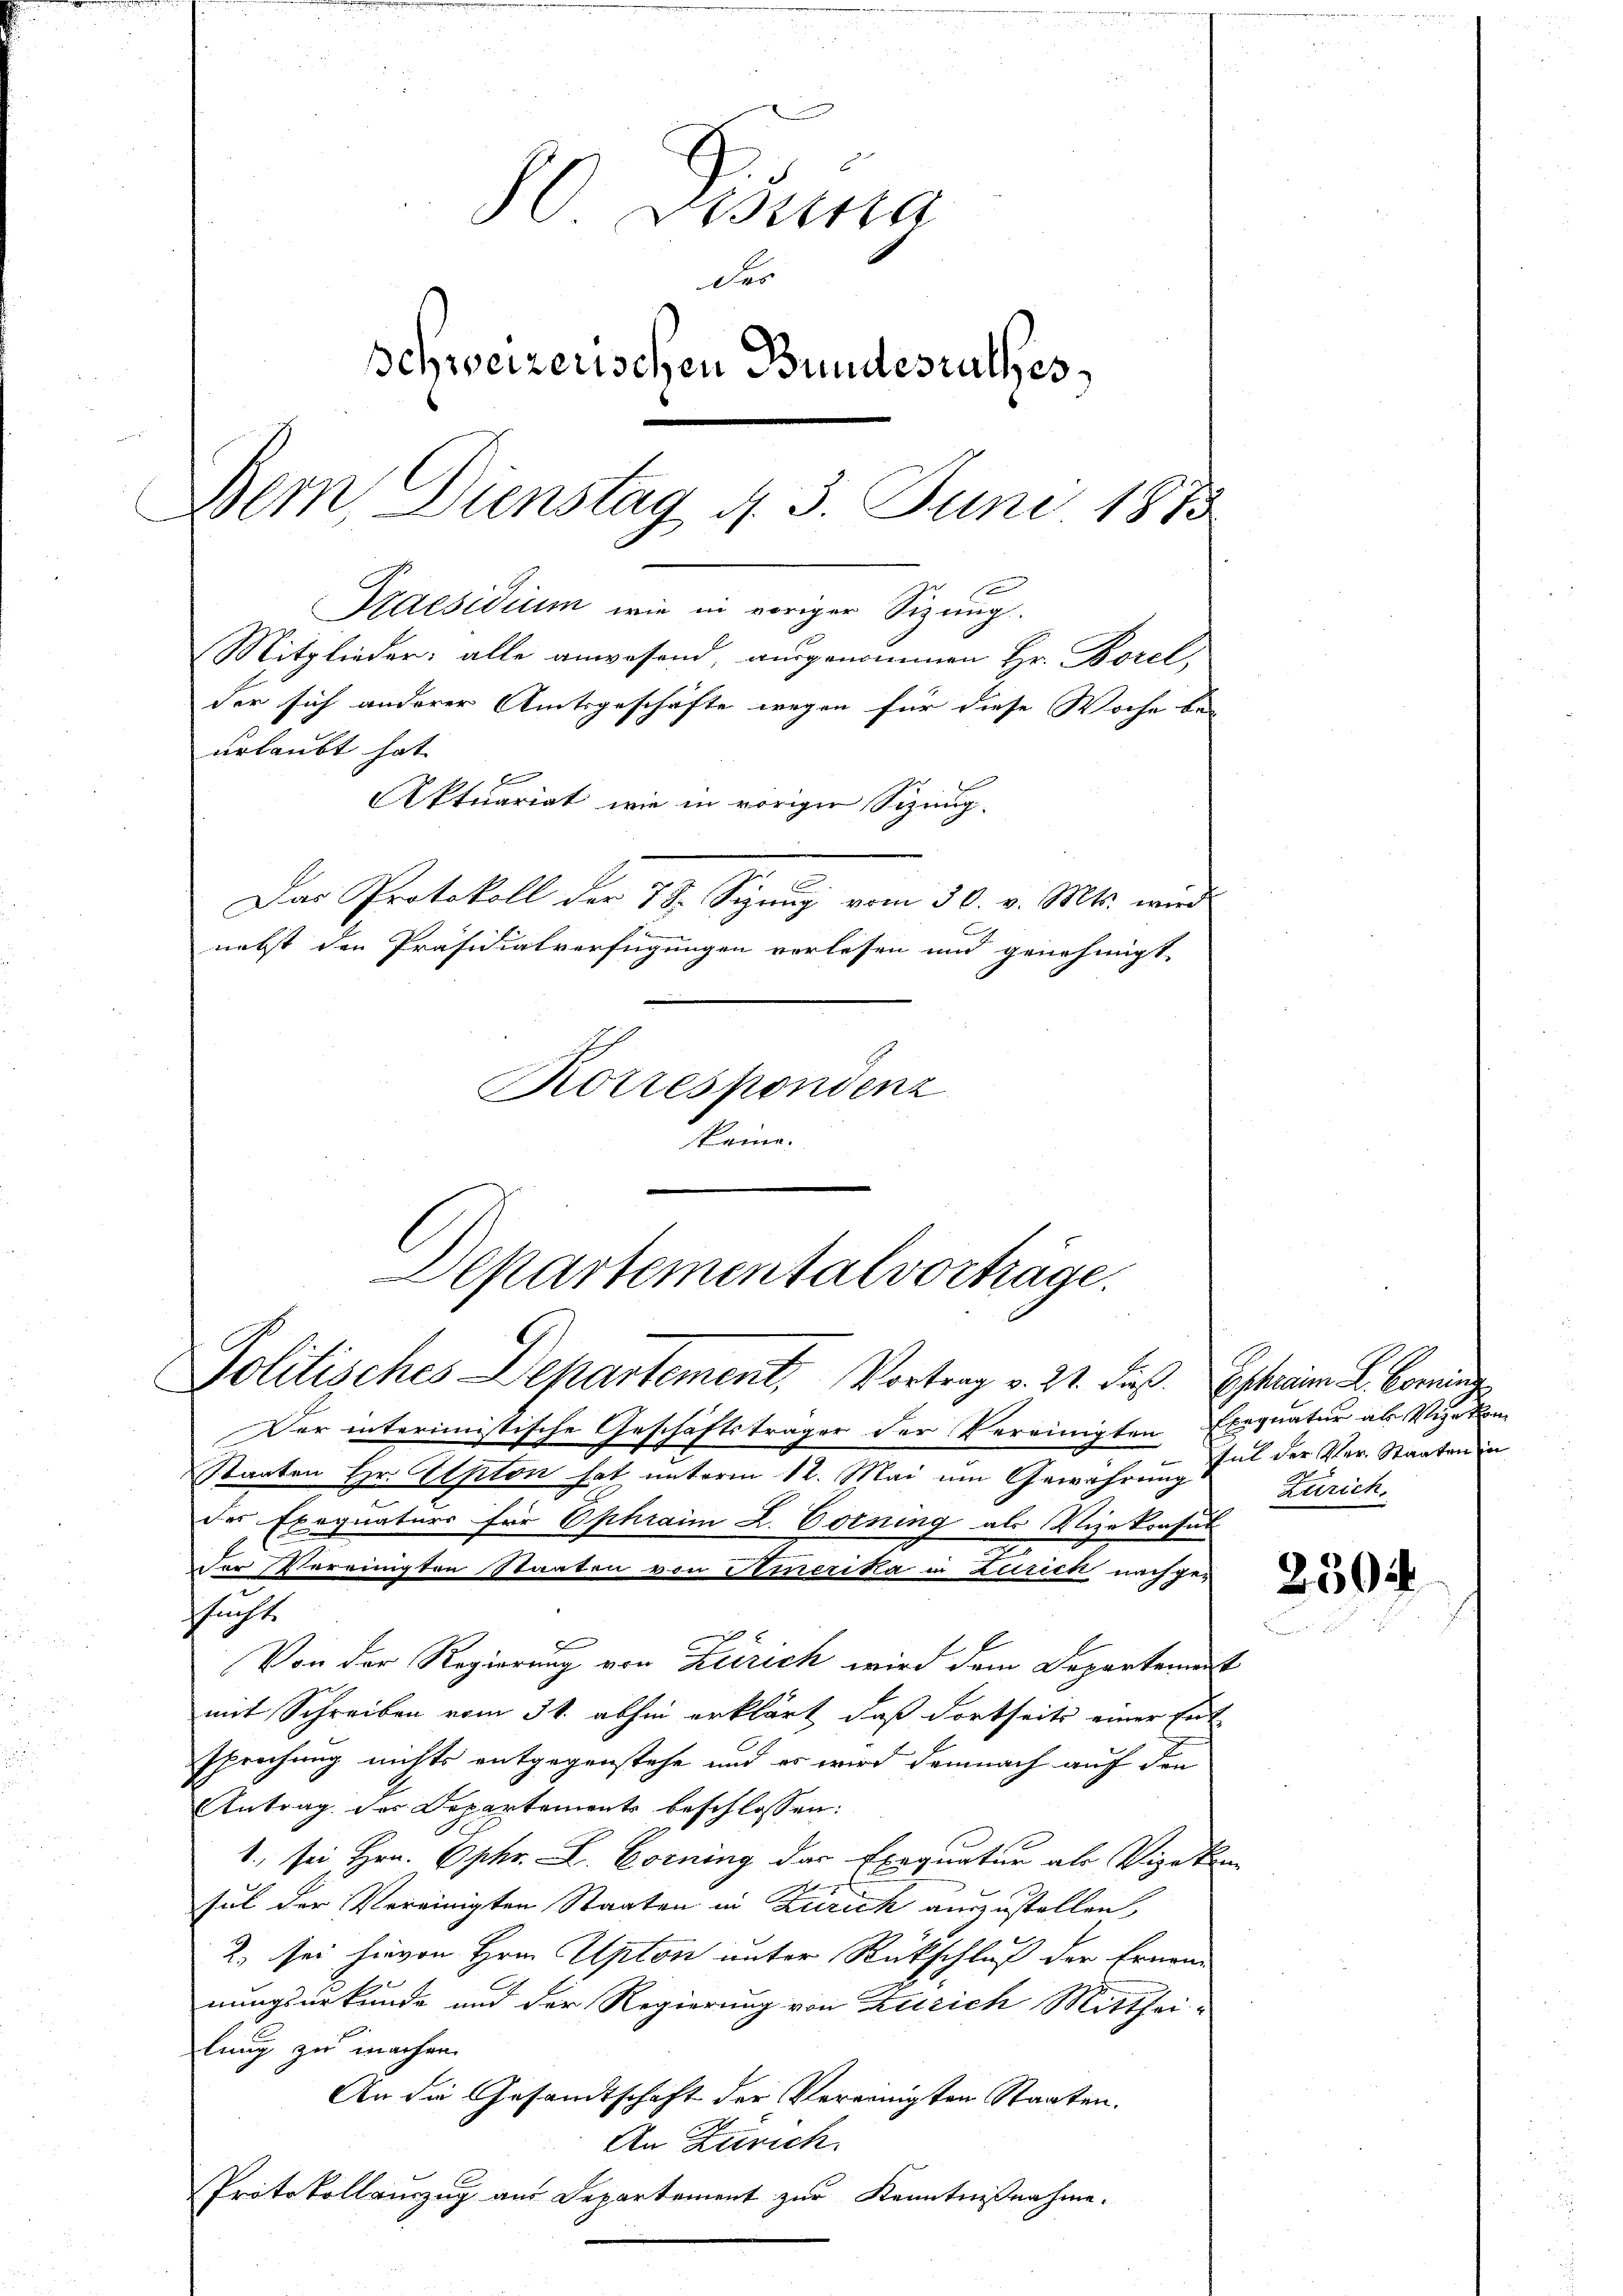
Aktuariat, wie in vorigen Sizung.
Das Protokoll der 78. Signng vom 30. v. Mts. wird
nebst den Präsidialverfügungen verlesen und genehmigt
Korrespondenz
keine.

Departemental vorträge.
Politisches Departement, Vortrag v. 21. dieß. Ehren L. Comin

80 Disena
des
schweizerischen Bundesrathes,
Dem Dienstag, d. 3. Juni 1889
Kaesidium wie in voriger Sizung.
Mitglieder: alle anwesend, ausgenommen Hr. Borel,
der sich anderer Amtsgeschäfte wegen für diese Woche bei
urlaubt hat.

Der interimistische Geschäftsträger der Vereinigten Exequatur als Vizekon¬
Staaten Hr. Alpton hat unterm 12. Mai um Gewährung ful der Ver- Staaten un
der Exequaturs für Ophraim L. Corning als Vizekonsul
Der Vereinigten Staaten von Amerika in Zürich nachgesacht.
Von der Regierung von Zürich wird dem Departement
mit Schreiben vom 31. abhin erklärt, daß dortseits einer Ent-
sprechung nichts entgegenstehe und es wird demnach auf den
Antrag des Departements beschlossen:
1., sei Hrn. Ophr. L. Corning der Exequatur als Vizekan
9
sul der Vereinigten Staaten in Zürich auszustellen,
2., sei hievon Hrn. Apton unter Rückschluß der Ernenn
nungsurkunde und der Regierung von Zürich Mittheilung zu machen.
An die Gesandtschaft der Vereinigten Staaten.
An Zürich.
Protokollauszug aus Departement zur Kenntnißnahme.

Zürich.

2504